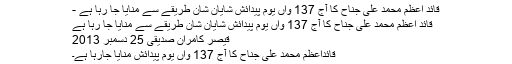
قائد اعظم محمد علی جناح کا آج 137 واں یوم پیدائش شایان شان طریقے سے منایا جا رہا ہے -
قائد اعظم محمد علی جناح کا آج 137 واں یوم پیدائش شایان شان طریقے سے منایا جا رہا ہے
قیصر کامران صدیقی 25 دسمبر 2013
قائداعظم محمد علی جناح کا آج 137 واں یوم پیدائش منایا جارہا ہے۔